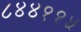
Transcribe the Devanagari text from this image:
८४४११५